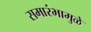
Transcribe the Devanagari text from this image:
समारंभामुळे